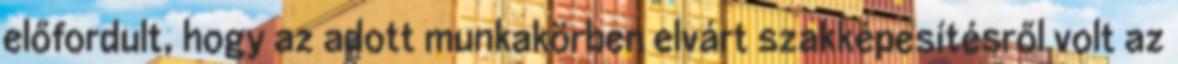
előfordult, hogy az adott munkakörben elvárt szakképesítésről volt az